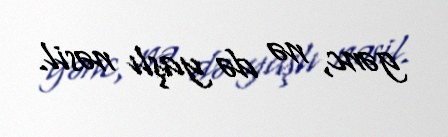
gənc, nə də yaşlı nəsil.